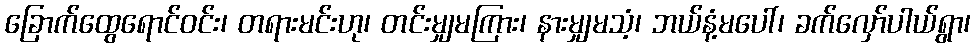
ခြောက်ထွေရောင်ဝင်း၊ တရားမင်းဟု၊ တင်းမျှမကြား၊ နားမျှမသံ့၊ ဘယ်နံ့မပေါ်၊ ခက်လှော်ပါယ်ရွာ၊